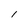
Character: l